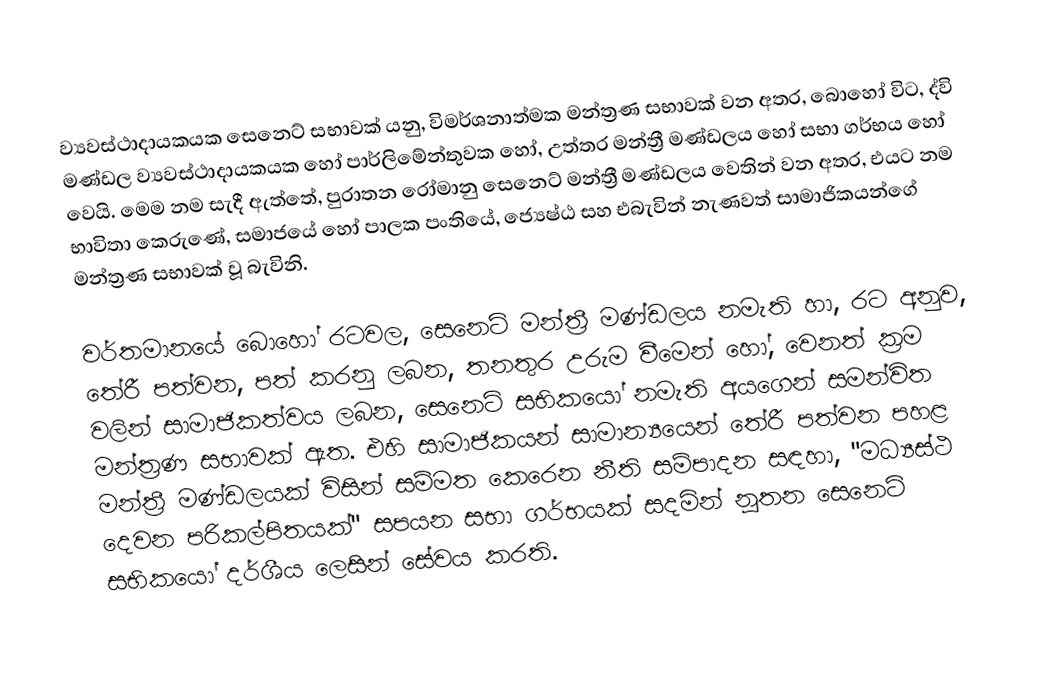
ව්‍යවස්ථාදායකයක සෙනෙට් සභාවක් යනු,  විමර්ශනාත්මක මන්ත්‍රණ සභාවක් වන අතර, බොහෝ විට, ද්වි මණ්ඩල ව්‍යවස්ථාදායකයක හෝ පාර්ලිමේන්තුවක හෝ, උත්තර මන්ත්‍රී මණ්ඩලය හෝ සභා ගර්භය හෝ වෙයි. මෙම නම සැදී ඇත්තේ,  පුරාතන රෝමානු සෙනෙට් මන්ත්‍රී මණ්ඩලය වෙතින් වන අතර, එයට නම භාවිතා කෙරුණේ, සමාජයේ හෝ පාලක පංතියේ, ජ්‍යෙෂ්ඨ සහ එබැවින් නැණවත් සාමාජිකයන්ගේ මන්ත්‍රණ සභාවක් වූ බැවිනි.

වර්තමානයේ බොහෝ රටවල, සෙනෙට් මන්ත්‍රී මණ්ඩලය නමැති හා, රට අනුව, තේරී පත්වන, පත් කරනු ලබන, තනතුර උරුම වීමෙන් හෝ, වෙනත් ක්‍රම වලින් සාමාජිකත්වය ලබන, සෙනෙට් සභිකයෝ නමැති අයගෙන් සමන්විත මන්ත්‍රණ සභාවක් ඇත. එහි සාමාජිකයන් සාමාන්‍යයෙන් තේරී පත්වන පහළ මන්ත්‍රී මණ්ඩලයක් විසින් සම්මත කෙරෙන නීති සම්පාදන සඳහා, "මධ්‍යස්ථ දෙවන පරිකල්පිතයක්" සපයන සභා ගර්භයක් සදමින් නූතන සෙනෙට් සභිකයෝ දර්ශීය ලෙසින් සේවය කරති.